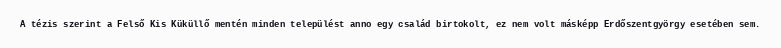
A tézis szerint a Felső Kis Küküllő mentén minden települést anno egy család birtokolt, ez nem volt másképp Erdőszentgyörgy esetében sem.